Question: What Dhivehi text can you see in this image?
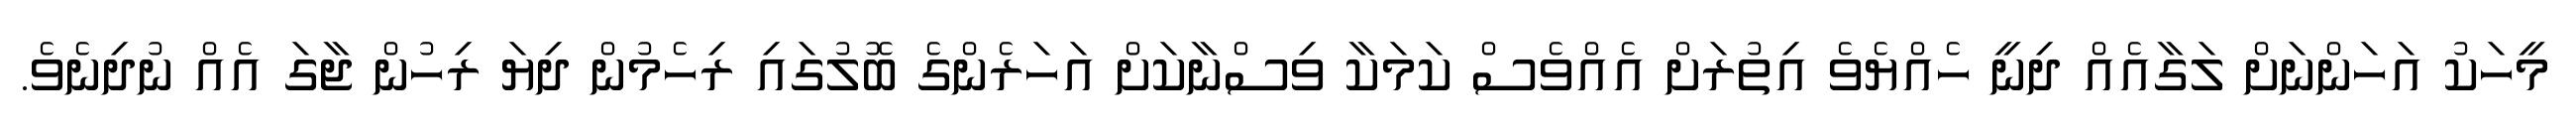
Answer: މީހަކު އަހަންނަށް ލަގާއެއް ދިނީ ހެއްޔެވެ އިތުރަށް އެއްވެސް ކަމަކާ ވިސްނާކަށް އަހަރެންގެ ބޮލުގައި ރިހެމުން ދިޔަ ރިހުން ޖާގަ އެއް ނުދިނެވެ.